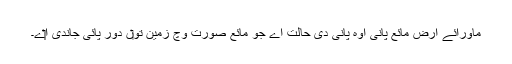
ماورائے ارض مائع پانی اوہ پانی دی حالت اے جو مائع صورت وچ زمین تو‏ں دور پائی جاندی ا‏‏ے۔